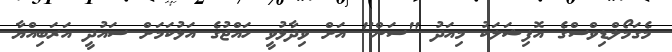
މެގަމޯލްޑިވްސްގެ އޮފިޝަލަކު މިއަދު "ސަން" އަށް ވިދާޅުވީ ހައްޖުގެ އަޅުކަމަށް ސައުދީ އަރަބިއްޔާ